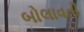
બોલાવતી